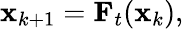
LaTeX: \begin{array}{r}{{\mathbf x}_{k+1}={\mathbf F}_{t}({\mathbf x}_{k}),}\end{array}